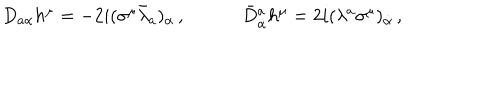
LaTeX: \begin{array} { c c } { { D _ { a \alpha } h ^ { \mu } = - 2 i ( \sigma ^ { \mu } \bar { \lambda } _ { a } ) _ { \alpha } \, , ~ } } & { { ~ \bar { D } { } _ { \dot { \alpha } } ^ { a } h ^ { \mu } = 2 i ( \lambda ^ { a } \sigma ^ { \mu } ) _ { \dot { \alpha } } \, , } } \\ \end{array}